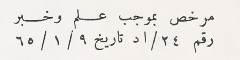
مرخص بموجب علم وخبر رقم ٢٤/اد تاريخ ٩/ ١/ ٦٥